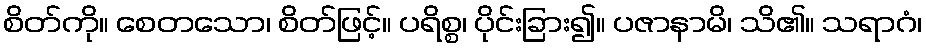
စိတ်ကို။ စေတသော၊ စိတ်ဖြင့်။ ပရိစ္စ၊ ပိုင်းခြား၍။ ပဇာနာမိ၊ သိ၏။ သရာဂံ၊